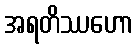
အရတိဿဟော